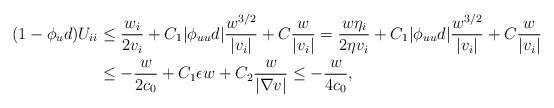
LaTeX: \begin{align*}\begin{aligned}(1 - \phi_u d)U_{ii} & \leq \frac{w_i}{2v_i} + C_1 |\phi_{uu} d| \frac{w^{3/2}}{|v_i|} + C \frac{w}{|v_i|} = \frac{w \eta_i}{2\eta v_i} + C_1 |\phi_{uu} d| \frac{w^{3/2}}{|v_i|} + C \frac{w}{|v_i|} \\& \leq -\frac{ w}{2 c_0} + C_1 \epsilon w + C_2 \frac{w}{|\nabla v|} \leq -\frac{ w}{4 c_0},\end{aligned}\end{align*}